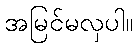
အမြင်မလှပါ။